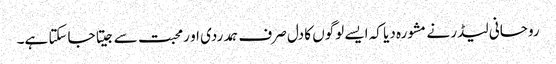
روحانی لیڈر نے مشورہ دیا کہ ایسے لوگوں کا دل صرف ہمدردی او رمحبت سے جیتا جاسکتا ہے۔